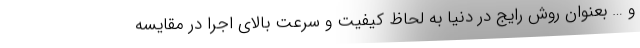
و … بعنوان روش رایج در دنیا به لحاظ کیفیت و سرعت بالای اجرا در مقایسه